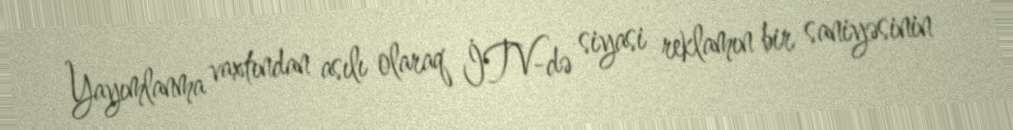
Yayımlanma vaxtından asılı olaraq İTV-də siyasi reklamın bir saniyəsinin